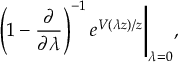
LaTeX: \left( 1 - \frac { \partial } { \partial \lambda } \right) ^ { - 1 } e ^ { V ( \lambda z ) / z } \Bigg \vert _ { \lambda = 0 } ,